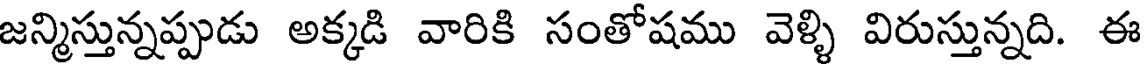
జన్మిస్తున్నప్పుడు అక్కడి వారికి సంతోషము వెళ్ళి విరుస్తున్నది. ఈ